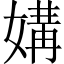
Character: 媾